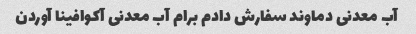
آب معدنی دماوند سفارش دادم برام آب معدنی آکوافینا آوردن